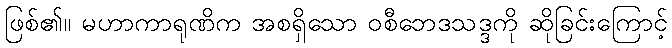
ဖြစ်၏။ မဟာကာရုဏိက အစရှိသော ဝစီဘေဒသဒ္ဒကို ဆိုခြင်းကြောင့်